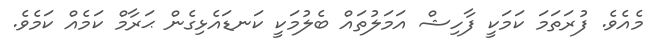
މެއެވެ. ފުރަތަމަ ކަމަކީ ފާހިޝް އަމަލުތައް ބެލުމަކީ ކަނޑައެޅިގެން ޙަރާމް ކަމެއް ކަމެވެ.